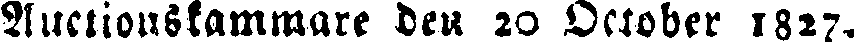
Auctionskammare den 20 Oktober 1827,